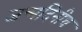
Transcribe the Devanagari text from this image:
जन्मदिनीच